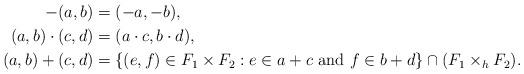
LaTeX: \begin{align*} -(a,b)&=(-a,-b),\\ (a,b)\cdot(c,d)&=(a\cdot c,b\cdot d), \\ (a,b)+(c,d)&=\{(e,f)\in F_1\times F_2:e\in a+c\mbox{ and }f\in b+d\}\cap(F_1\times_h F_2).\end{align*}